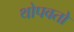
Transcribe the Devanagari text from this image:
थोपवतो